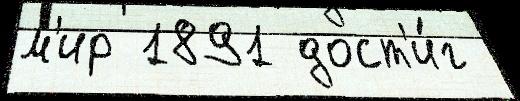
м'ир 1891 дост'и́г